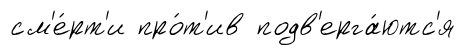
см'е́рт'и про́т'ив подв'ерга́ютс'я